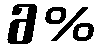
6%